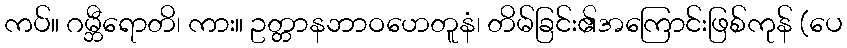
ကပ်။ ဂမ္ဘီရောတိ၊ ကား။ ဥတ္တာနဘာဝဟေတူနံ၊ တိမ်ခြင်း၏အကြောင်းဖြစ်ကုန် (ပေ